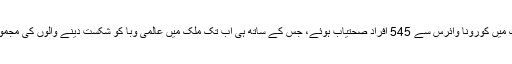
آج کے اعداد و شمار کے مطابق گزشتہ 24 گھنٹوں میں ملک میں کورونا وائرس سے 545 افراد صحتیاب ہوئے، جس کے ساتھ ہی اب تک ملک میں عالمی وبا کو شکست دینے والوں کی مجموعی تعداد 16 ہزار 653 سے بڑھ کر 17 ہزار 198 ہوگئی۔